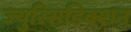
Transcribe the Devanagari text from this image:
ज्युरिसडिक्शन